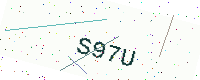
Text: S97U